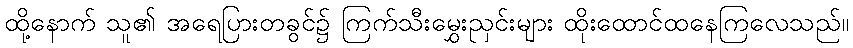
ထို့နောက် သူ၏ အရေပြားတခွင်၌ ကြက်သီးမွှေးညှင်းများ ထိုးထောင်ထနေကြလေသည်။